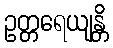
ဥတ္တရေယျန္တိ